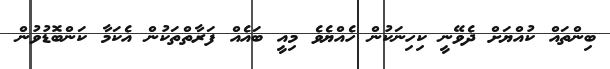
ބިންތައް ކުއްޔަށް ދެވޭނީ ކިހިނަކުން ހެއްޔެވެ މިއީ ބައެއް ފަރާތްތަކުން އެކަމާ ކަންބޮޑުވުން